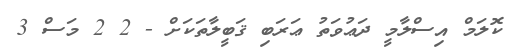
ކޮލަމް އިސްލާމީ ދަޢުވަތު ޢަރަބި ޤަބީލާތަކަށް - 2 2 މަސް 3